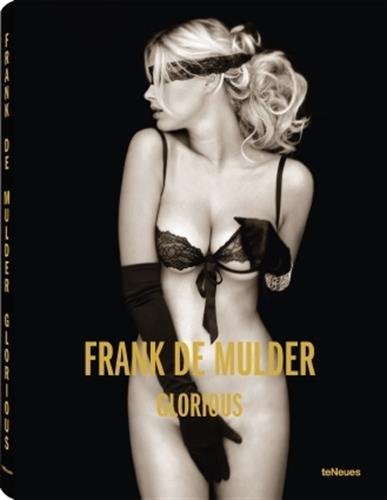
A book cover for Glorious Limited Edition; Arts & Photography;